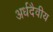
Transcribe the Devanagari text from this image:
अर्धदैवीय